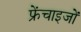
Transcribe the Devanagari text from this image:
फ्रेंचाइजों